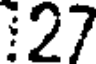
:27